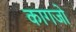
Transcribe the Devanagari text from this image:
कागजो